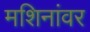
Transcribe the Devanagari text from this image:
मशिनांवर